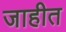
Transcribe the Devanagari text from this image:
जाहीत